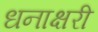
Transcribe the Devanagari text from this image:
धनाक्षरी